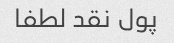
پول نقد لطفا